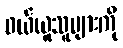
ဝယ်ယူသူများကို